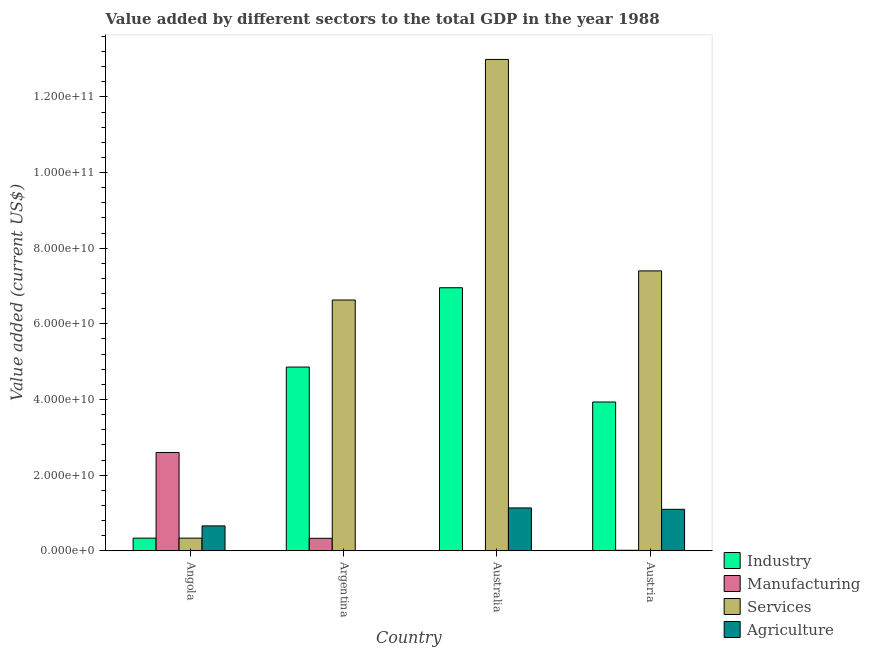
| Country | Industry | Manufacturing | Services | Agriculture |
 | --- | --- | --- | --- | --- |
 | Angola | 3.34e+09 | 2.6e+10 | 3.34e+09 | 6.58e+09 |
 | Argentina | 4.86e+10 | 3.3e+09 | 6.63e+10 | 1.19e+07 |
 | Australia | 6.95e+10 | 4.92e+07 | 1.3e+11 | 1.13e+10 |
 | Austria | 3.93e+10 | 1.32e+08 | 7.4e+10 | 1.1e+10 |